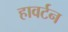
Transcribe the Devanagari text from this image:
हावर्टन